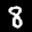
Label: 8